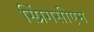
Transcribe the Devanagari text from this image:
स्प्रिंगसीएम